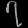
Digit: ၇